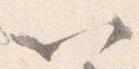
以